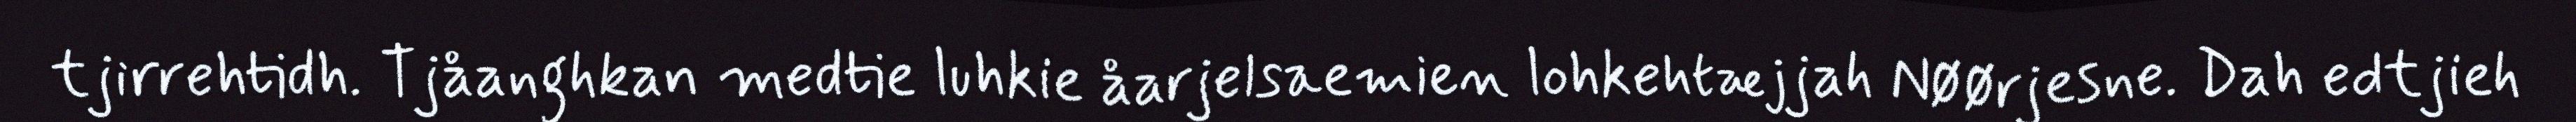
tjirrehtidh. Tjåanghkan medtie luhkie åarjelsaemien lohkehtæjjah Nøørjesne. Dah edtjieh